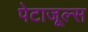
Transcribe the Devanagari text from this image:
पेटाजूल्स